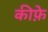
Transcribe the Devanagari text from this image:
कीफ़े